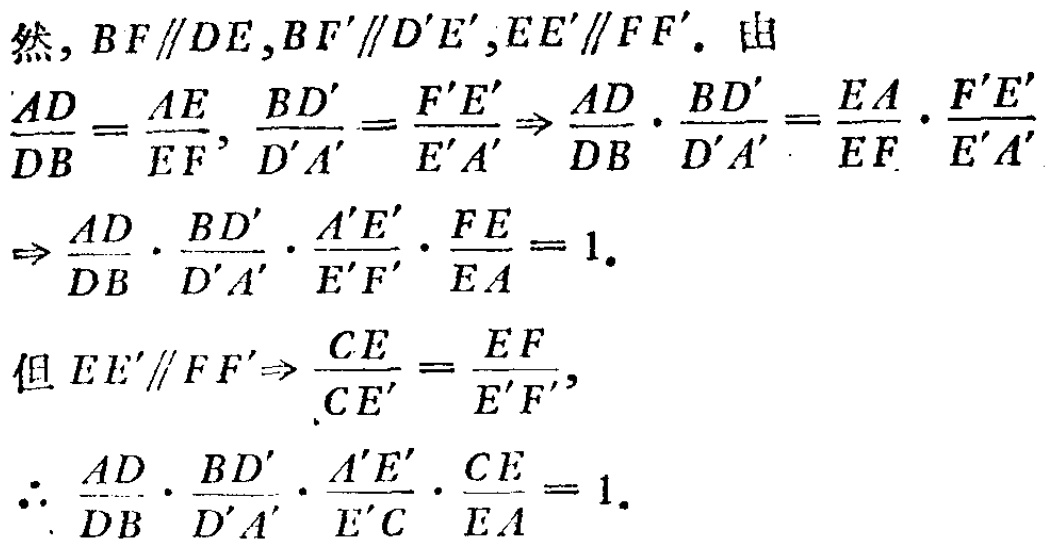
显然, \(BF\parallel DE,BF'\parallel D'E',EE'\parallel FF'\). 由
\(\frac{AD}{DB}=\frac{AE}{EF},\frac{BD'}{D'A'}=\frac{F'E'}{E'A'}\Rightarrow\frac{AD}{DB}\cdot\frac{BD'}{D'A'}=\frac{EA}{EF}\cdot\frac{F'E'}{E'A'}\)
\(\Rightarrow\frac{AD}{DB}\cdot\frac{BD'}{D'A'}\cdot\frac{A'E'}{E'F'}\cdot\frac{FE}{EA}=1.\)
但 \(EE'\parallel FF'\Rightarrow\frac{CE}{CE'}=\frac{EF}{E'F'},\)
\(\therefore\frac{AD}{DB}\cdot\frac{BD'}{D'A'}\cdot\frac{A'E'}{E'C}\cdot\frac{CE}{EA}=1.\)